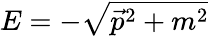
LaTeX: E=-\textstyle{\sqrt{{\vec{p}}^{2}+m^{2}}}